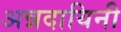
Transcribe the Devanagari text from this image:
अन्नदायिनी